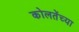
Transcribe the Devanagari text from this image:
कोलतेंच्या